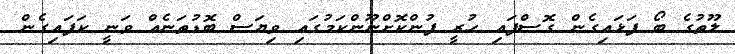
ލޫތުގެ ބޯ ފަޅައިގެން ގޮސްފައި ހުރީ ފުންކޮށްނޫންކަމުގައި ވިޔަސް ބޮޑުތަނެއް ވަނީ ކަފައިގެން